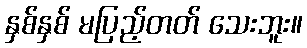
နှစ်နှစ် မပြည့်တတ် သေးဘူး။